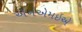
એનએમઇએ